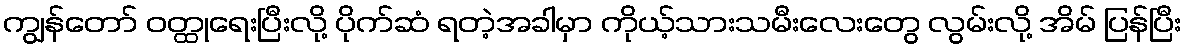
ကျွန်တော် ဝတ္ထုရေးပြီးလို့ ပိုက်ဆံ ရတဲ့အခါမှာ ကိုယ့်သားသမီးလေးတွေ လွမ်းလို့ အိမ် ပြန်ပြီး